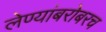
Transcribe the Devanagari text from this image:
लेण्यांबरोबरच